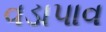
વડાપાવ